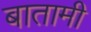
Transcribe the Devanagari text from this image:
बातामी